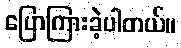
ပြောကြားခဲ့ပါတယ်။